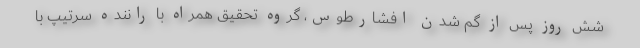
شش روز پس از گم شدن افشارطوس، گروه تحقیق همراه با راننده سرتیپ با